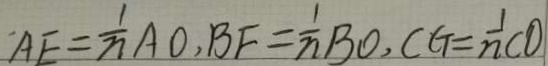
A E = \frac { 1 } { n } A O , B F = \frac { 1 } { n } B O , C G = \frac { 1 } { n } C O